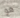
هو